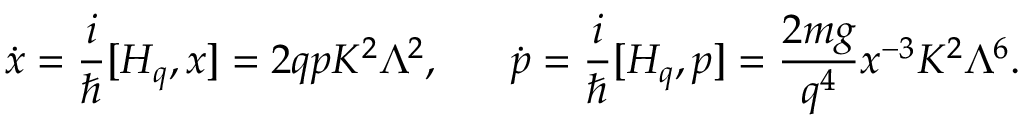
\dot { x } = { \frac { i } { \hbar } } [ { \cal H } _ { q } , x ] = 2 q p K ^ { 2 } \Lambda ^ { 2 } , \ \ \ \ \ \dot { p } = { \frac { i } { \hbar } } [ { \cal H } _ { q } , p ] = { \frac { 2 m g } { q ^ { 4 } } } x ^ { - 3 } K ^ { 2 } \Lambda ^ { 6 } .